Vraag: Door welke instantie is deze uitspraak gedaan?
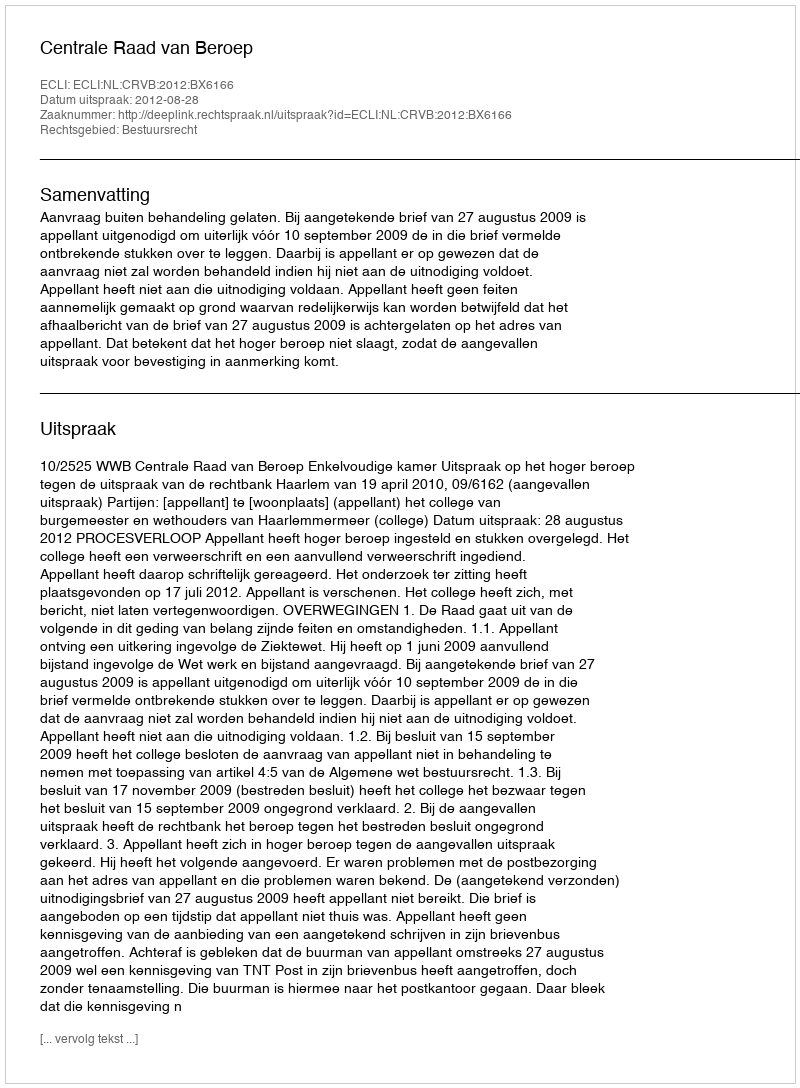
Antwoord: Centrale Raad van Beroep